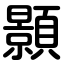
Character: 顥